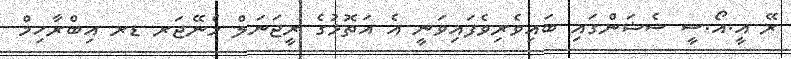
ރޭ އީ.އޯ.ސީ ސެޝަންގައި ބައިވެރިވެފައިވަނީ އެ އަތޮޅުގެ ރީޖަނަލް މެނޭޖަރ ޑރ އިބްރާހިމް